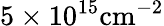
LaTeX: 5\times 10^{15}\mathrm{cm^{-2}}